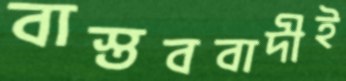
বাস্তববাদীই